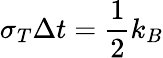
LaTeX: \sigma_{T}\Delta t=\frac{1}{2}k_{B}